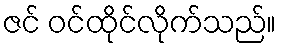
ဇင် ဝင်ထိုင်လိုက်သည်။